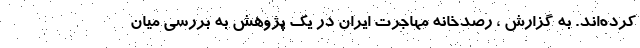
کرده‌اند. به گزارش ، رصدخانه مهاجرت ایران در یک پژوهش به بررسی میان